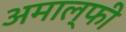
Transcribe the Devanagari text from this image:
अमाल्फी